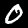
Digit: 0